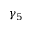
\gamma _ { 5 }